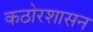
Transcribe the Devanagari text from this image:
कठोरशासन